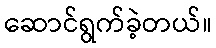
ဆောင်ရွက်ခဲ့တယ်။